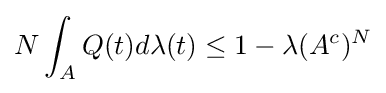
N\int _{A}Q(t)d\lambda (t)\leq 1-\lambda (A^{c})^{N}